Punjab Mental Hospital Lahore 1922-31 - 1922-1931
Year: 1922
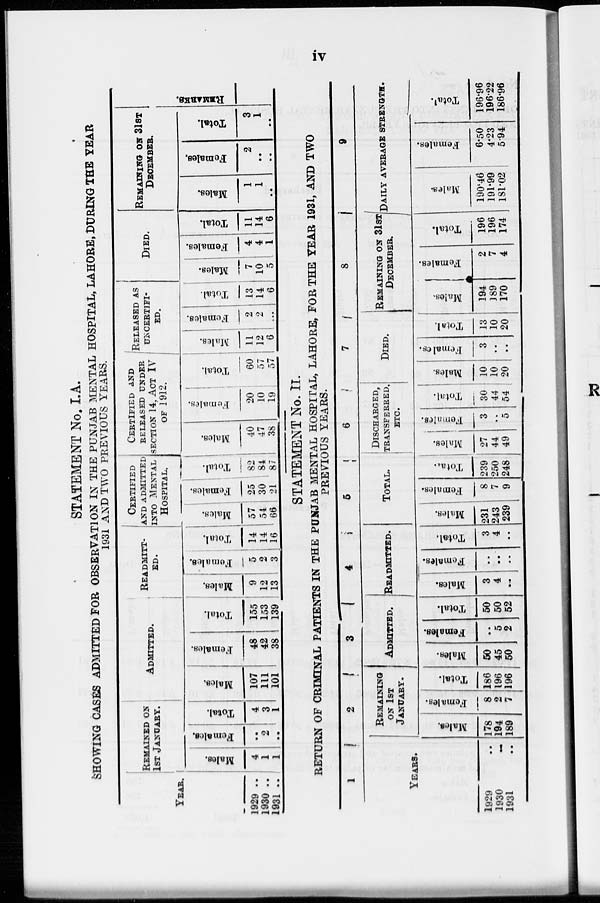
iv
STATEMENT No. I.A.
SHOWING CASES ADMITTED FOR OBSERVATION IN THE PUNJAB MENTAL HOSPITAL, LAHORE, DURING THE YEAR
1931 AND TWO PREVIOUS YEARS.
YEAR.
1929 ..
1930 ..
1931 ..
REMAINED ON
1ST JANUARY.
Males.
4
1
1
Females.
..
2
..
Total.
4
3
1
ADMITTED.
Males.
107
111
101
Females.
48
42
38
Total.
155
153
139
READMITT-
--.
Males.
9
12
13
Females.
5
2
3
Total.
14
14
16
CERTIFIED
AND ADMITTED
INTO MENTAL
HOSPITAL.
Mal es .
57
54
66
Fe ma l
e s .
25
30
21
Total.
82
84
87
CERTIFIED AND
RELEASED UNDER
SECTION 14, PACT IV
OF 1912.
Males.
40
47
38
Females.
20
10
19
Total.
60
57
57
RELEASED AS
UNCERTIFI-
ED.
Males.
11
12
6
Females.
2
2
...
Total.
13
14
6
DIED.
Males.
7
10
5
Females.
4
4
1
Total.
11
14
6
REMAINING ON 31ST
DECEMBER.
Males.
1
1
..
Females,
2
..
..
Total.
3
1
..
REMARKS.
STATEMENT No. II.
RETURN OF CRIMINAL PATIENTS IN THE PUNJAB MENTAL HOSPITAL, LAHORE, FOR THE YEAR 1931, AND TWO
PREVIOUS YEARS.
1
YEARS.
1929 ..
1930
..
1931 ..
2
REMAINING
ON 1ST
JANUARY.
Males.
178
194
189
Females.
8
2
7
Total.
186
196
196
3
ADMITTED.
Males.
50
45
50
Females.
..
5
2
Total.
50
50
52
4
READMITTED.
Males.
3
4
..
Females.
..
..
..
Total.
3
4
..
5
TOTAL.
Males.
231
243
239
Females.
8
7
9
Total.
239
250
248
6
DISCHARGED,
TRANSFERRED,
ETC.
Males.
27
44
49
Females.
3
..
5
Total.
30
44
54
7
DIED.
Males.
10
10
20
Females.
3
..
..
Total.
13
10
20
8
REMAINING ON 31ST
DECEMBER.
Males.
194
189
170
Females.
2
7
4
Total.
196
196
174
9
DAILY AVERAGE STRENGTH.
Males.
190.46
191.99
181.02
Females.
6.50
4.23
5.94
Total.
196.96
196.22
186.96